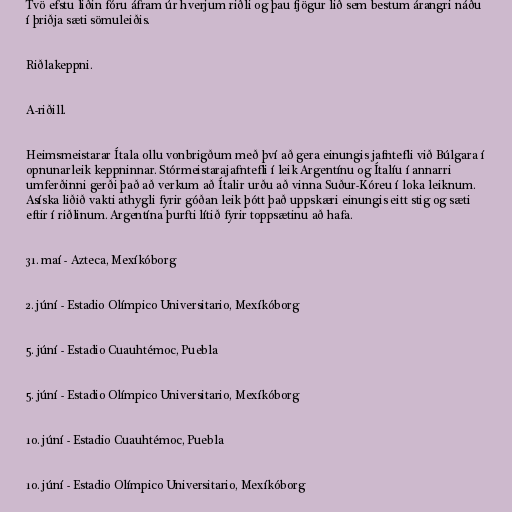
Tvö efstu liðin fóru áfram úr hverjum riðli og þau fjögur lið sem bestum árangri náðu
í þriðja sæti sömuleiðis.

Riðlakeppni.

A-riðill.

Heimsmeistarar Ítala ollu vonbrigðum með því að gera einungis jafntefli við Búlgara í
opnunarleik keppninnar. Stórmeistarajafntefli í leik Argentínu og Ítalíu í annarri
umferðinni gerði það að verkum að Ítalir urðu að vinna Suður-Kóreu í loka leiknum.
Asíska liðið vakti athygli fyrir góðan leik þótt það uppskæri einungis eitt stig og sæti
eftir í riðlinum. Argentína þurfti lítið fyrir toppsætinu að hafa.

31. maí - Azteca, Mexíkóborg

2. júní - Estadio Olímpico Universitario, Mexíkóborg

5. júní - Estadio Cuauhtémoc, Puebla

5. júní - Estadio Olímpico Universitario, Mexíkóborg

10. júní - Estadio Cuauhtémoc, Puebla

10. júní - Estadio Olímpico Universitario, Mexíkóborg